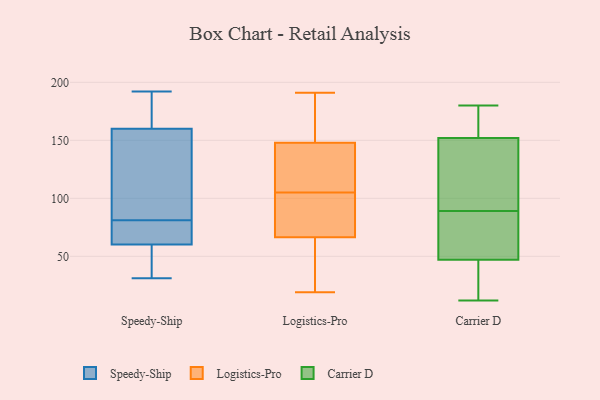
{"axis": {"x": "LTV (USD)", "y": "Value"}, "legend": ["Carrier D", "Logistics-Pro", "Speedy-Ship"], "data": [{"x": "", "y": 182, "type": "Speedy-Ship"}, {"x": "", "y": 75, "type": "Speedy-Ship"}, {"x": "", "y": 60, "type": "Speedy-Ship"}, {"x": "", "y": 56, "type": "Speedy-Ship"}, {"x": "", "y": 87, "type": "Speedy-Ship"}, {"x": "", "y": 161, "type": "Speedy-Ship"}, {"x": "", "y": 192, "type": "Speedy-Ship"}, {"x": "", "y": 137, "type": "Speedy-Ship"}, {"x": "", "y": 74, "type": "Speedy-Ship"}, {"x": "", "y": 157, "type": "Speedy-Ship"}, {"x": "", "y": 33, "type": "Speedy-Ship"}, {"x": "", "y": 179, "type": "Speedy-Ship"}, {"x": "", "y": 31, "type": "Speedy-Ship"}, {"x": "", "y": 81, "type": "Speedy-Ship"}, {"x": "", "y": 61, "type": "Speedy-Ship"}, {"x": "", "y": 161, "type": "Logistics-Pro"}, {"x": "", "y": 156, "type": "Logistics-Pro"}, {"x": "", "y": 19, "type": "Logistics-Pro"}, {"x": "", "y": 191, "type": "Logistics-Pro"}, {"x": "", "y": 88, "type": "Logistics-Pro"}, {"x": "", "y": 39, "type": "Logistics-Pro"}, {"x": "", "y": 125, "type": "Logistics-Pro"}, {"x": "", "y": 140, "type": "Logistics-Pro"}, {"x": "", "y": 82, "type": "Logistics-Pro"}, {"x": "", "y": 122, "type": "Logistics-Pro"}, {"x": "", "y": 51, "type": "Logistics-Pro"}, {"x": "", "y": 82, "type": "Logistics-Pro"}, {"x": "", "y": 72, "type": "Carrier D"}, {"x": "", "y": 167, "type": "Carrier D"}, {"x": "", "y": 88, "type": "Carrier D"}, {"x": "", "y": 15, "type": "Carrier D"}, {"x": "", "y": 156, "type": "Carrier D"}, {"x": "", "y": 12, "type": "Carrier D"}, {"x": "", "y": 46, "type": "Carrier D"}, {"x": "", "y": 90, "type": "Carrier D"}, {"x": "", "y": 68, "type": "Carrier D"}, {"x": "", "y": 148, "type": "Carrier D"}, {"x": "", "y": 48, "type": "Carrier D"}, {"x": "", "y": 105, "type": "Carrier D"}, {"x": "", "y": 21, "type": "Carrier D"}, {"x": "", "y": 167, "type": "Carrier D"}, {"x": "", "y": 180, "type": "Carrier D"}, {"x": "", "y": 135, "type": "Carrier D"}]}